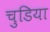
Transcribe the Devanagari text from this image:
चुडिया